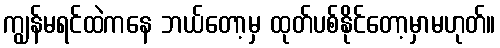
ကျွန်မရင်ထဲကနေ ဘယ်တော့မှ ထုတ်ပစ်နိုင်တော့မှာမဟုတ်။